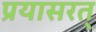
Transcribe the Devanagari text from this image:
प्रयासरत्